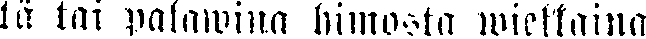
tä tai palawina himosta wiekkaina